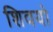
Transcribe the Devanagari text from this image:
शिवयो